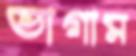
ভাগাম